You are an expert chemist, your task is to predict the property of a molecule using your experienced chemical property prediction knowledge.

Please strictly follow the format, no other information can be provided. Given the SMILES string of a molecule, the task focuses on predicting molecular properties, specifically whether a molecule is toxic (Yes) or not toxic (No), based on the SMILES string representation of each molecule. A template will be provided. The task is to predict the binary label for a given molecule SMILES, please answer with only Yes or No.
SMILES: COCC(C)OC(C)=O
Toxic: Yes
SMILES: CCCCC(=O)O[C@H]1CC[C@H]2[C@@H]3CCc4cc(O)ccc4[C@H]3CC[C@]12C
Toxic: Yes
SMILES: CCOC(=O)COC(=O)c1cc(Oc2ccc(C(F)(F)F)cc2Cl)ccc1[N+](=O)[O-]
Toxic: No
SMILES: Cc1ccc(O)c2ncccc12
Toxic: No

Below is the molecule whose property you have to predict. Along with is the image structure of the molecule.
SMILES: O=C(O[C@@H]1C[C@@H]2C[C@@H]3C[C@H](C1)N2CC3=O)c1c[nH]c2ccccc12
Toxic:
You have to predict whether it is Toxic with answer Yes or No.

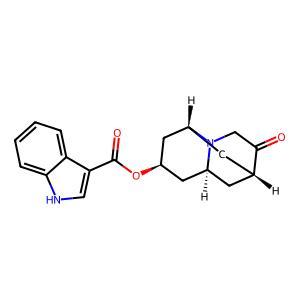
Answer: No